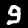
Digit: 9